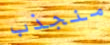
منجذب